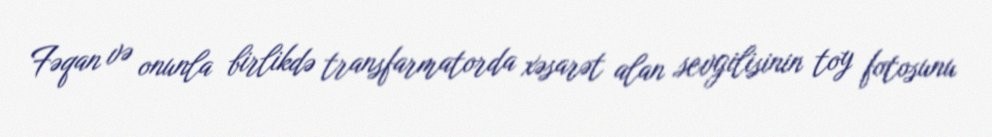
Fəqan və onunla birlikdə transfarmatorda xəsarət alan sevgilisinin toy fotosunu